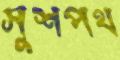
সুশপথ